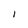
Character: I